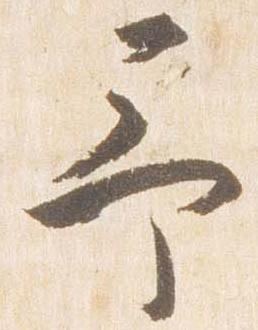
予